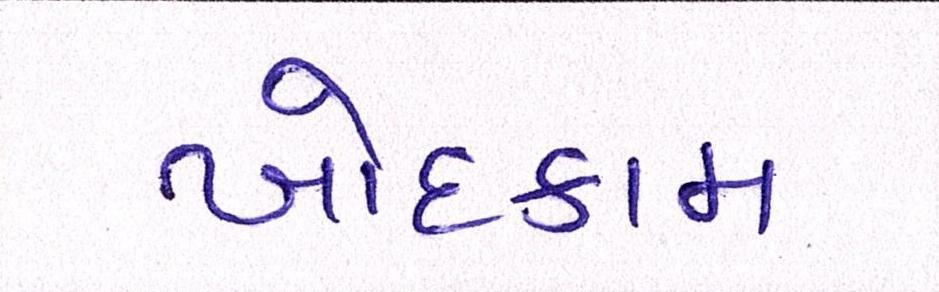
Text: ખોદકામ